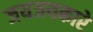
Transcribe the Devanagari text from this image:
जयजयकारे